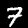
Label: 7